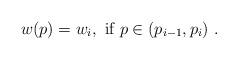
LaTeX: \begin{align*}w(p)=w_i, \textrm{ if }p\in(p_{i-1},p_i)\ .\end{align*}